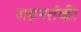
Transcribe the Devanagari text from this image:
सहनर्तकी